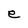
Character: e